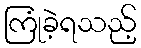
ကြုံခဲ့ရသည့်